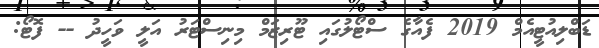
ޑަބްލިއުޓީއެމް 2019 ފެއާގެ ސްޓޯލުގައި ޓޫރިޒަމް މިނިސްޓަރު އަލީ ވަހީދު -- ފޮޓޯ: